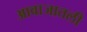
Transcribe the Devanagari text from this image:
आवाजातली